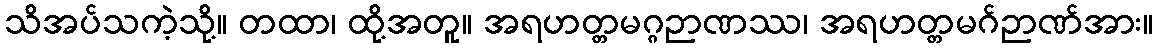
သိအပ်သကဲ့သို့။ တထာ၊ ထို့အတူ။ အရဟတ္တမဂ္ဂဉာဏဿ၊ အရဟတ္တမဂ်ဉာဏ်အား။